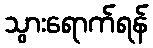
သွားရောက်ရန်